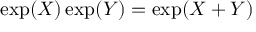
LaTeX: \exp ( X ) \exp ( Y ) = \exp ( X + Y )